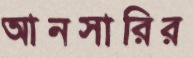
আনসারির